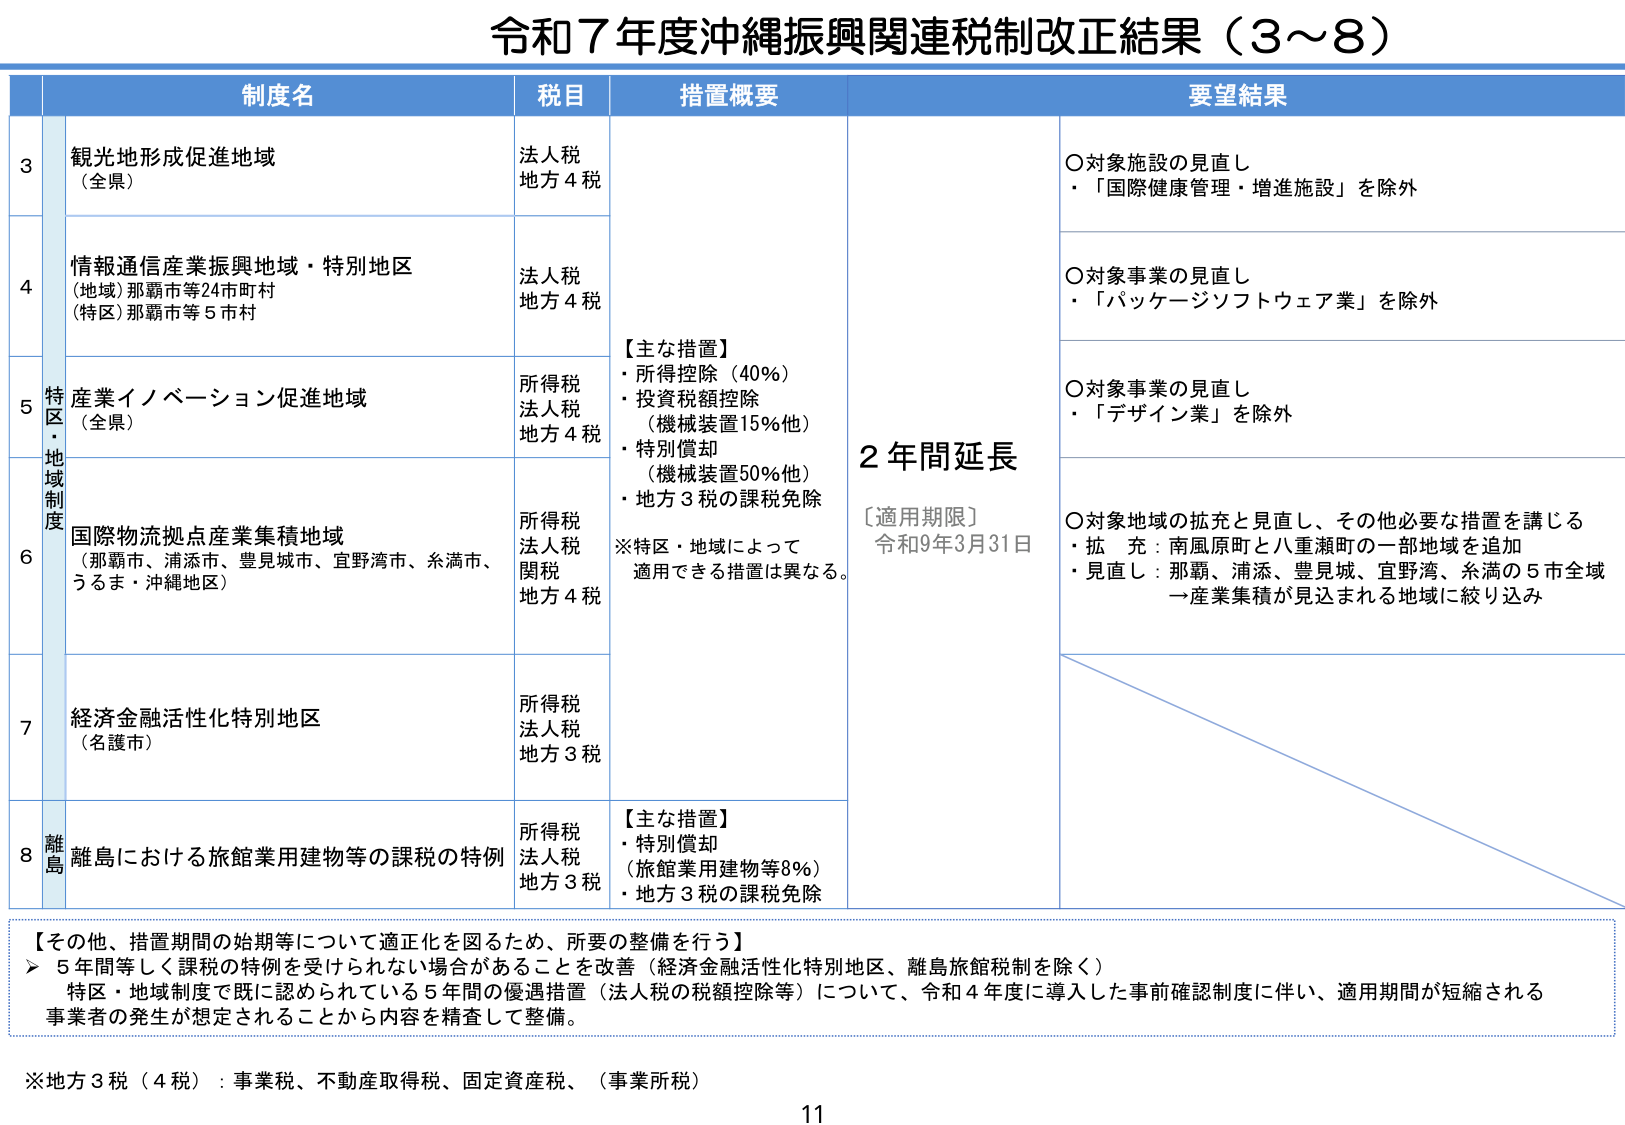
令和7年度沖縄振興関連税制改正結果（3～8）

制度名 税目 措置概要 要望結果

3 観光地形成促進地域 （全県） 法人税 地方4税

4 情報通信産業振興地域・特別地区 （地域）那覇市等24市町村 （特区）那覇市等5市村 法人税 地方4税

5 特区・地域制度 産業イノベーション促進地域 （全県） 所得税 法人税 地方4税 【主な措置】 ・所得控除（40%） ・投資税額控除 （機械装置15%他） ・特別償却 （機械装置50%他） ・地方3税の課税免除 ※特区・地域によって 適用できる措置は異なる。 2年間延長 〔適用期限〕 令和9年3月31日 ○対象施設の見直し ・「国際健康管理・増進施設」を除外 ○対象事業の見直し ・「パッケージソフトウェア業」を除外 ○対象事業の見直し ・「デザイン業」を除外

6 国際物流拠点産業集積地域 （那覇市、浦添市、豊見城市、宜野湾市、糸満市、 うるま・沖縄地区） 所得税 法人税 関税 地方4税 ○対象地域の拡充と見直し、その他必要な措置を講じる ・拡充：南風原町と八重瀬町の一部地域を追加 ・見直し：那覇、浦添、豊見城、宜野湾、糸満の5市全域 →産業集積が見込まれる地域に絞り込み

7 経済金融活性化特別地区 （名護市） 所得税 法人税 地方3税

8 離島 離島における旅館業用建物等の課税の特例 所得税 法人税 地方3税 【主な措置】 ・特別償却 （旅館業用建物等8%） ・地方3税の課税免除

【その他、措置期間の始期等について適正化を図るため、所要の整備を行う】 ➤ 5年間等しく課税の特例を受けられない場合があることを改善（経済金融活性化特別地区、離島旅館税制を除く） 特区・地域制度で既に認められている5年間の優遇措置（法人税の税額控除等）について、令和4年度に導入した事前確認制度に伴い、適用期間が短縮される事業者の発生が想定されることから内容を精査して整備。

※地方3税（4税）：事業税、不動産取得税、固定資産税、（事業所税）

11